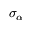
\sigma _ { \alpha }